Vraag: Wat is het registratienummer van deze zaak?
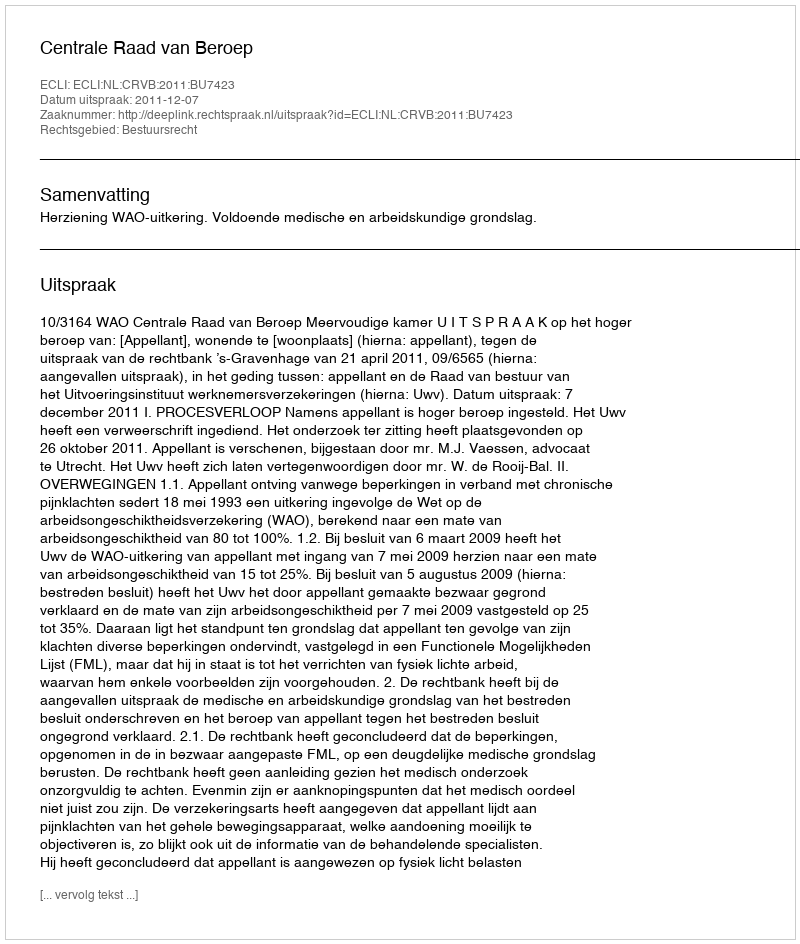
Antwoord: http://deeplink.rechtspraak.nl/uitspraak?id=ECLI:NL:CRVB:2011:BU7423